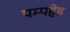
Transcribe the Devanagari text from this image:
पम्पहेड